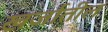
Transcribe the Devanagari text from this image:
खर्जातील